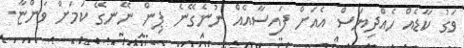
ވަގު ކާޑެއް ހެއްދިޔަސް އެއަށް ފައިސާއެއް ނުނެގޭނެ ޕިން ނޭނގޭ ކަމަށް ވަންޏާ.